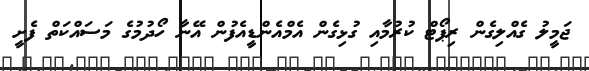
ޖަމީލު ގެއްލިގެން ރިޕޯޓް ކުރުމާއި ގުޅިގެން އެމްއެންޑީއެފުން އޭނާ ހޯދުމުގެ މަސައްކަތް ފެށީ